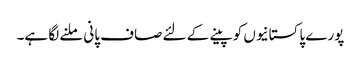
پورے پاکستانیوں کو پینے کے لئے صاف پانی ملنے لگا ہے۔